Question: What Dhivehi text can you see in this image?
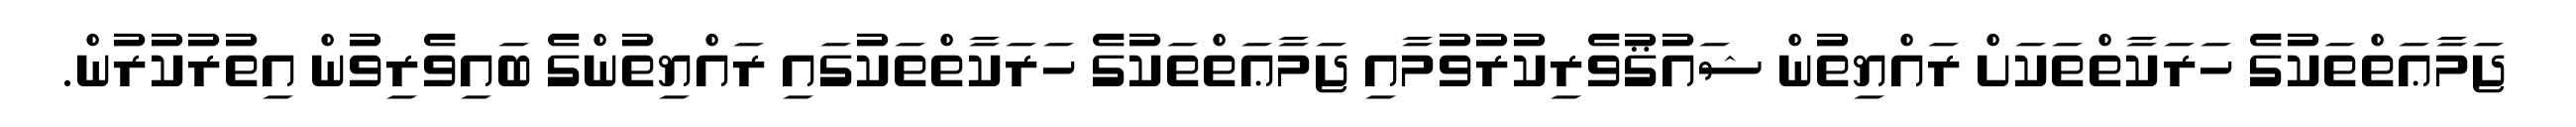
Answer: ޖަމާޢަތްތަކުގެ ހަރަކާތްތަކަށް ރައްޔިތުން ޝައުޤުވެރިކުރުވުމާއި ޖަމާޢަތްތަކުގެ ހަރަކާތްތަކުގައި ރައްޔިތުންގެ ބައިވެރިވުން އިތުރުކުރުން.